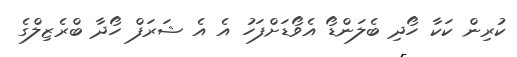
ކުރިން ކަކާ ހޯދި ބެލަންޑޯ އެވޯޑަށްފަހު އެ އެ ޝަރަފް ހޯދާ ބްރެޒިލްގެ